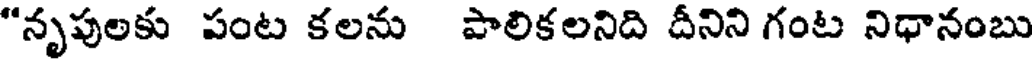
"నృపులకు పంట కలను పాలికలనిది దీనిని గంట నిధానంబు